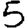
Digit: 5